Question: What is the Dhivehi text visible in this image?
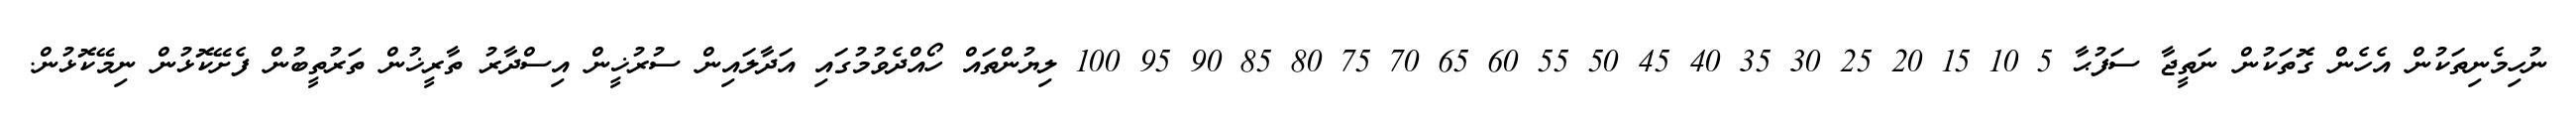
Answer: ނުހިމެނިތަކުން އެހެން ގޮތަކުން ނަތީޖާ ސަފުޙާ 5 10 15 20 25 30 35 40 45 50 55 60 65 70 75 80 85 90 95 100 ލިޔުންތައް ހޯއްދެވުމުގައި އަދާލައިން ސުރުޚީން އިސްދާރު ތާރީޚުން ތަރުތީބުން ފެށޭކޮޅުން ނިމޭކޮޅުން.